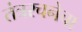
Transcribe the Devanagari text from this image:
तंत्ररचनेचा